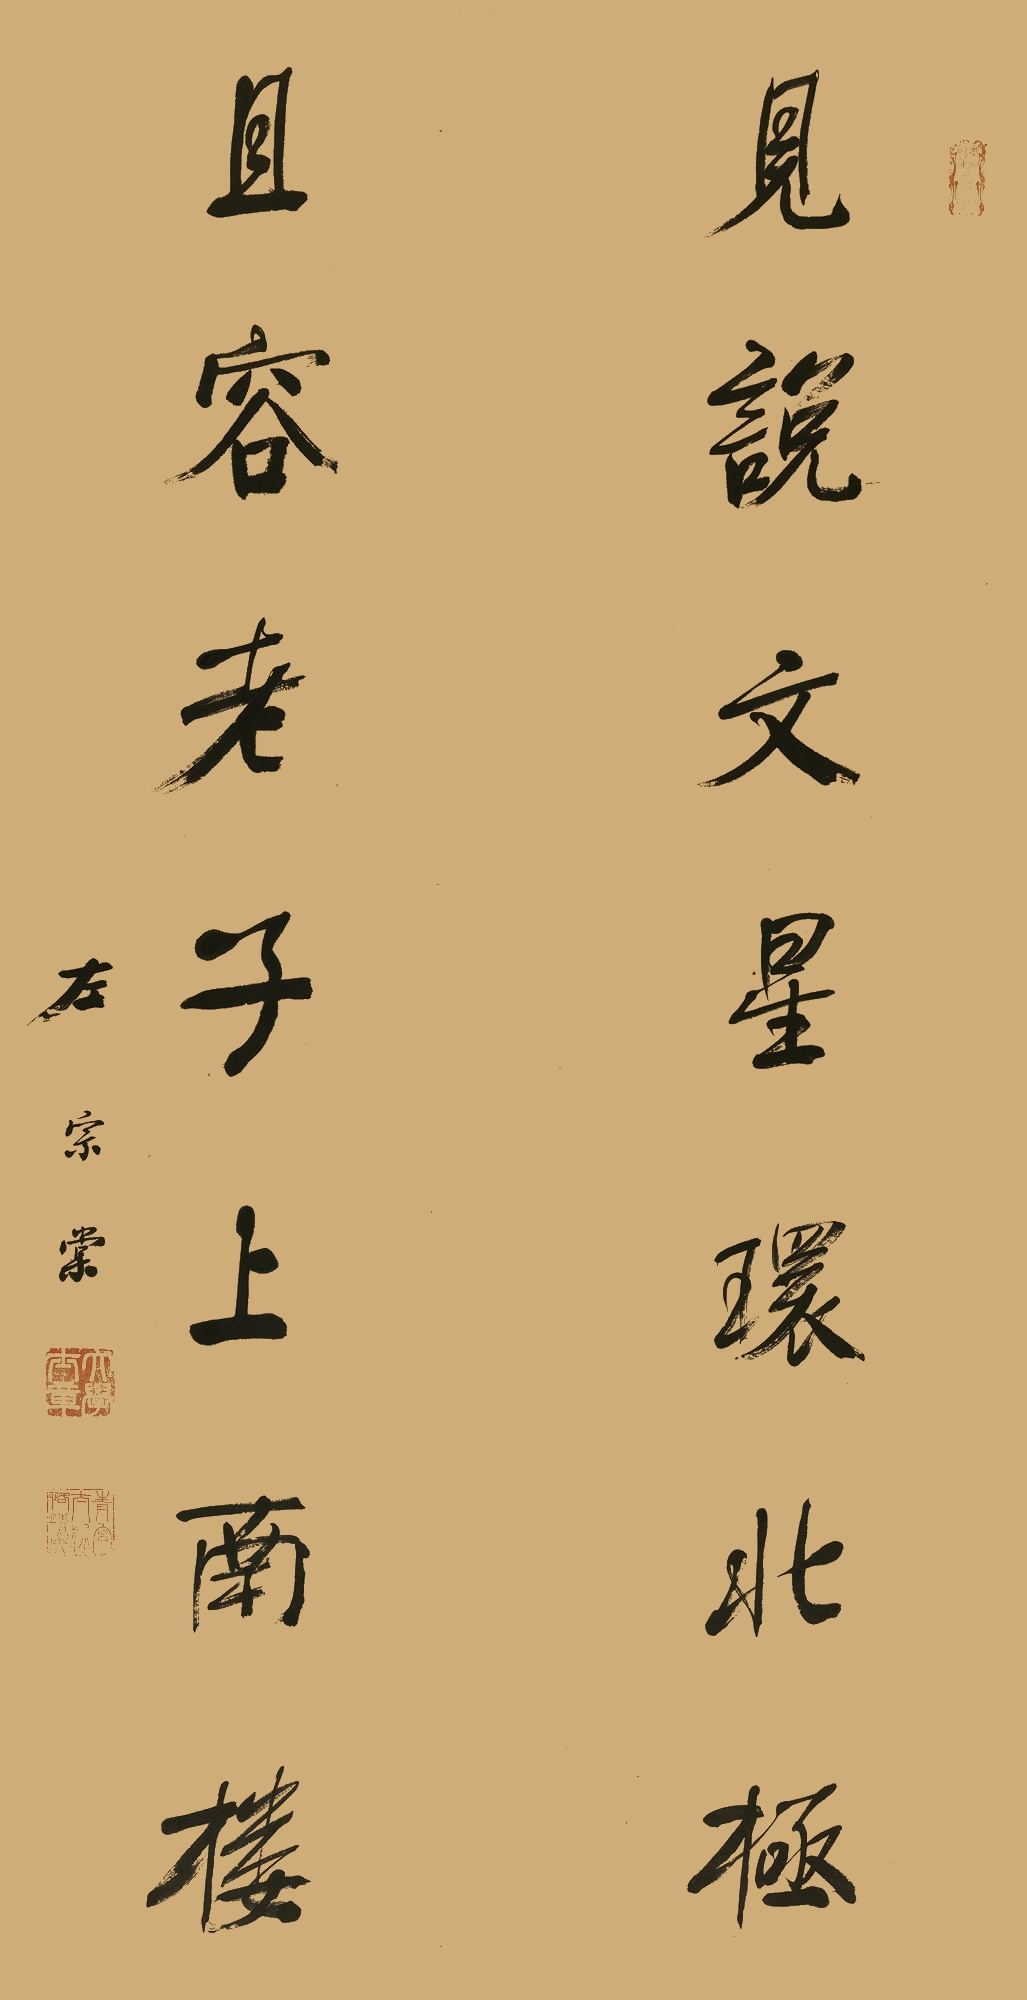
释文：见说文星环北极，且容老子上南楼。左宗棠。